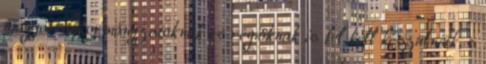
magyar önkormányzatoknak és régióknak is fel kell készülniük, s